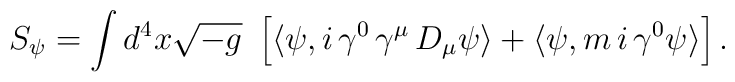
S_\psi = \int d^4 x \sqrt{- g}\ \left[ \langle \psi , i\, \gamma^0 \,\gamma^\mu\,D_\mu \psi \rangle + \langle  \psi, m \, i \, \gamma^0\psi \rangle \right].